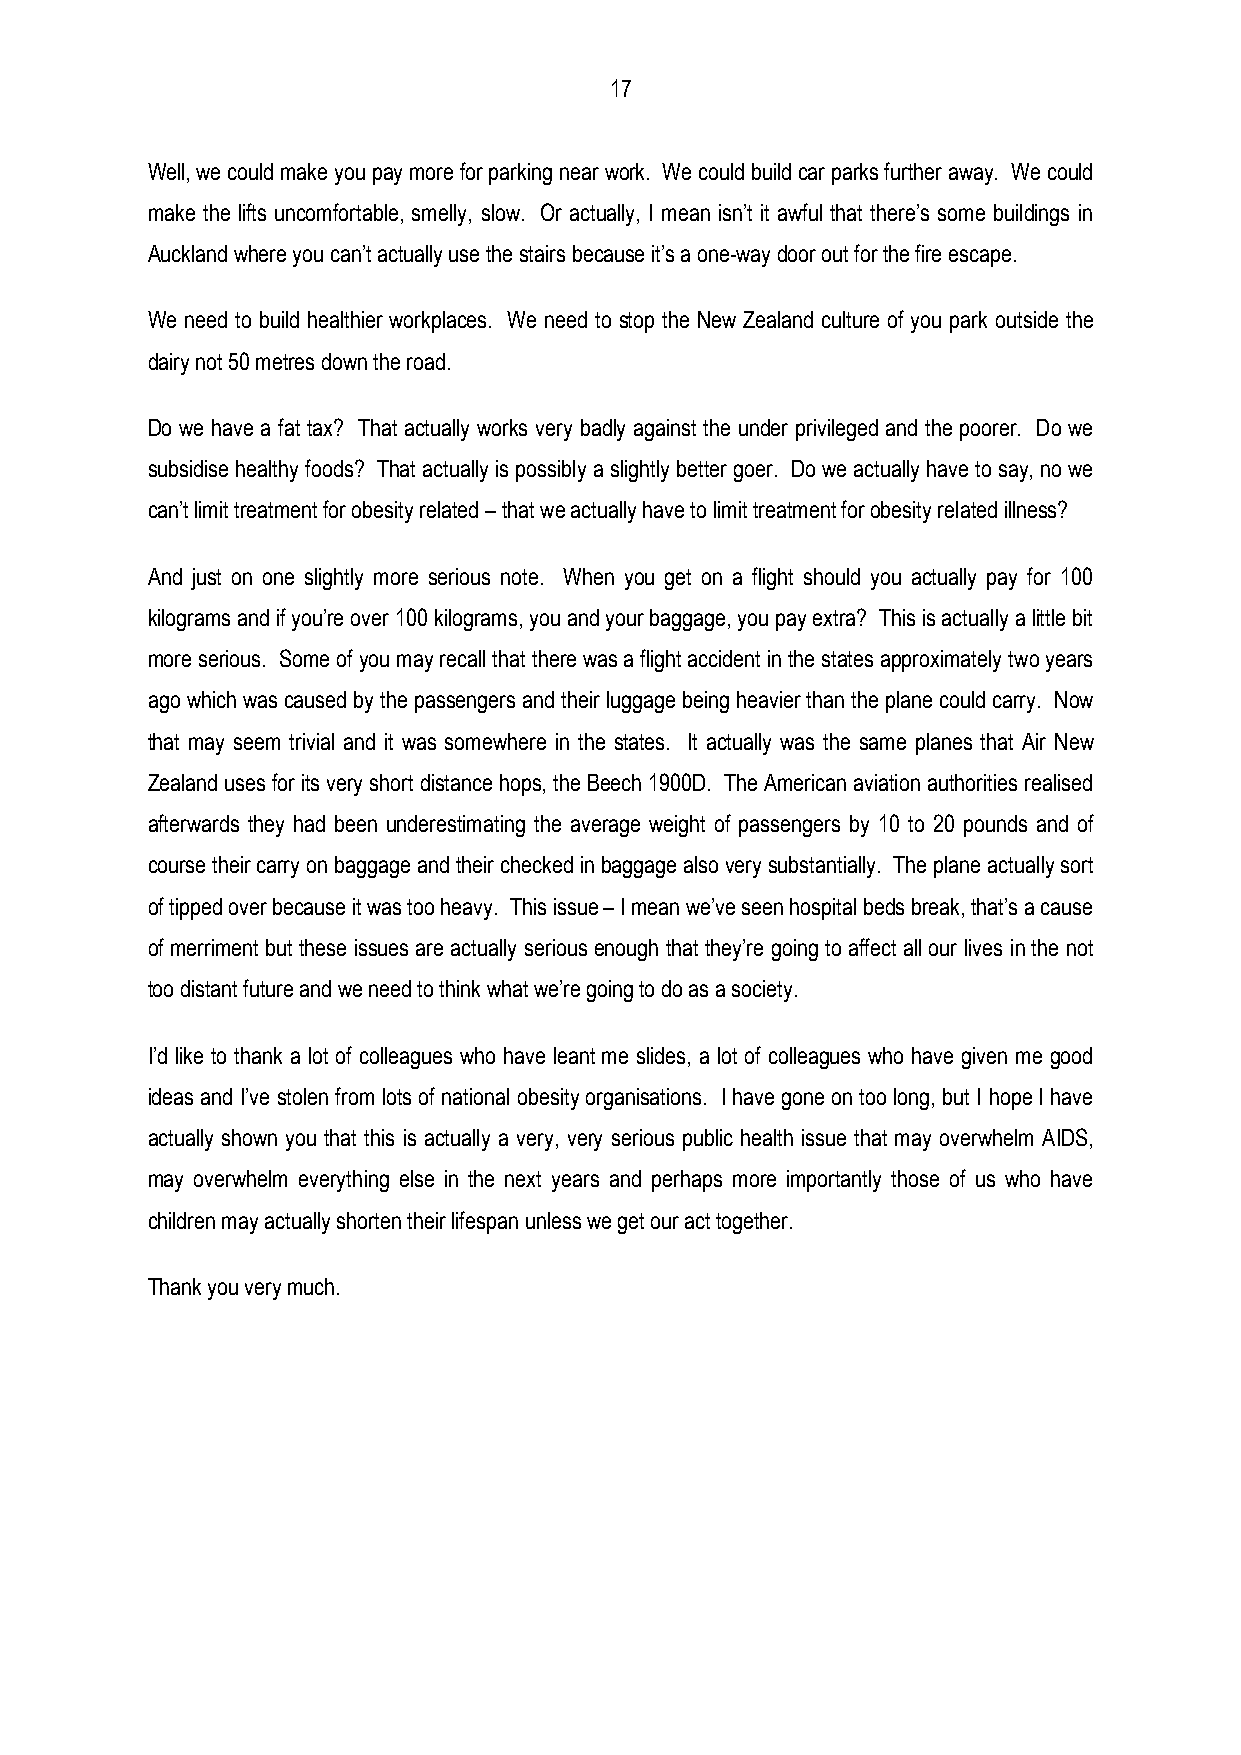
17
 Well, we could make you pay more for parking near work. We could build car parks further away. We could
 make the lifts uncomfortable, smelly, slow. Or actually, I mean isn’t it awful that there’s some buildings in
 Auckland where you can’t actually use the stairs because it’s a one-way door out for the fire escape.
 We need to build healthier workplaces. We need to stop the New Zealand culture of you park outside the
 dairy not 50 metres down the road.
 Do we have a fat tax? That actually works very badly against the under privileged and the poorer. Do we
 subsidise healthy foods? That actually is possibly a slightly better goer. Do we actually have to say, no we
 can’t limit treatment for obesity related – that we actually have to limit treatment for obesity related illness?
 And just on one slightly more serious note. When you get on a flight should you actually pay for 100
 kilograms and if you’re over 100 kilograms, you and your baggage, you pay extra? This is actually a little bit
 more serious. Some of you may recall that there was a flight accident in the states approximately two years
 ago which was caused by the passengers and their luggage being heavier than the plane could carry. Now
 that may seem trivial and it was somewhere in the states. It actually was the same planes that Air New
 Zealand uses for its very short distance hops, the Beech 1900D. The American aviation authorities realised
 afterwards they had been underestimating the average weight of passengers by 10 to 20 pounds and of
 course their carry on baggage and their checked in baggage also very substantially. The plane actually sort
 of tipped over because it was too heavy. This issue – I mean we’ve seen hospital beds break, that’s a cause
 of merriment but these issues are actually serious enough that they’re going to affect all our lives in the not
 too distant future and we need to think what we’re going to do as a society.
 I’d like to thank a lot of colleagues who have leant me slides, a lot of colleagues who have given me good
 ideas and I’ve stolen from lots of national obesity organisations. I have gone on too long, but I hope I have
 actually shown you that this is actually a very, very serious public health issue that may overwhelm AIDS,
 may overwhelm everything else in the next years and perhaps more importantly those of us who have
 children may actually shorten their lifespan unless we get our act together.
 Thank you very much.